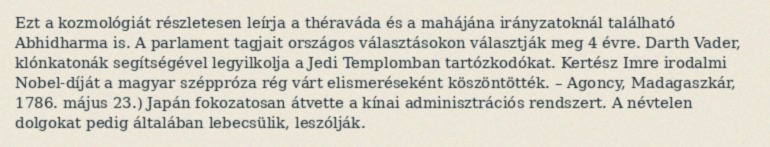
Ezt a kozmológiát részletesen leírja a théraváda és a mahájána irányzatoknál található Abhidharma is. A parlament tagjait országos választásokon választják meg 4 évre. Darth Vader, klónkatonák segítségével legyilkolja a Jedi Templomban tartózkodókat. Kertész Imre irodalmi Nobel-díját a magyar széppróza rég várt elismeréseként köszöntötték. – Agoncy, Madagaszkár, 1786. május 23.) Japán fokozatosan átvette a kínai adminisztrációs rendszert. A névtelen dolgokat pedig általában lebecsülik, leszólják.